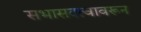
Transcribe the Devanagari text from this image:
सभासदत्वावरून